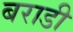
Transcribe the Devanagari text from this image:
बराडी